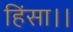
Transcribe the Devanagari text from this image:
हिंसा।।